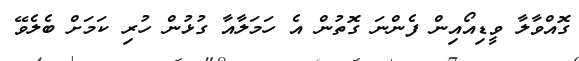
ގޮއްވާލާ ވީޑިއޯއިން ފެންނަ ގޮތުން އެ ހަމަލާއާ ގުޅުން ހުރި ކަމަށް ބެލެވޭ